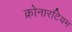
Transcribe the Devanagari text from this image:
क्रोनारटियम